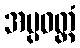
အပ္ပဝတ္တံ